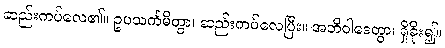
ဆည်းကပ်လေ၏။ ဥပသင်္ကမိတွာ၊ ဆည်းကပ်လေပြီး။ အဘိဝါဒေတွာ၊ ရှိခိုး၍။